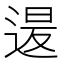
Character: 𮞡